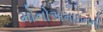
મોનોએમાઇનની